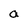
Character: a